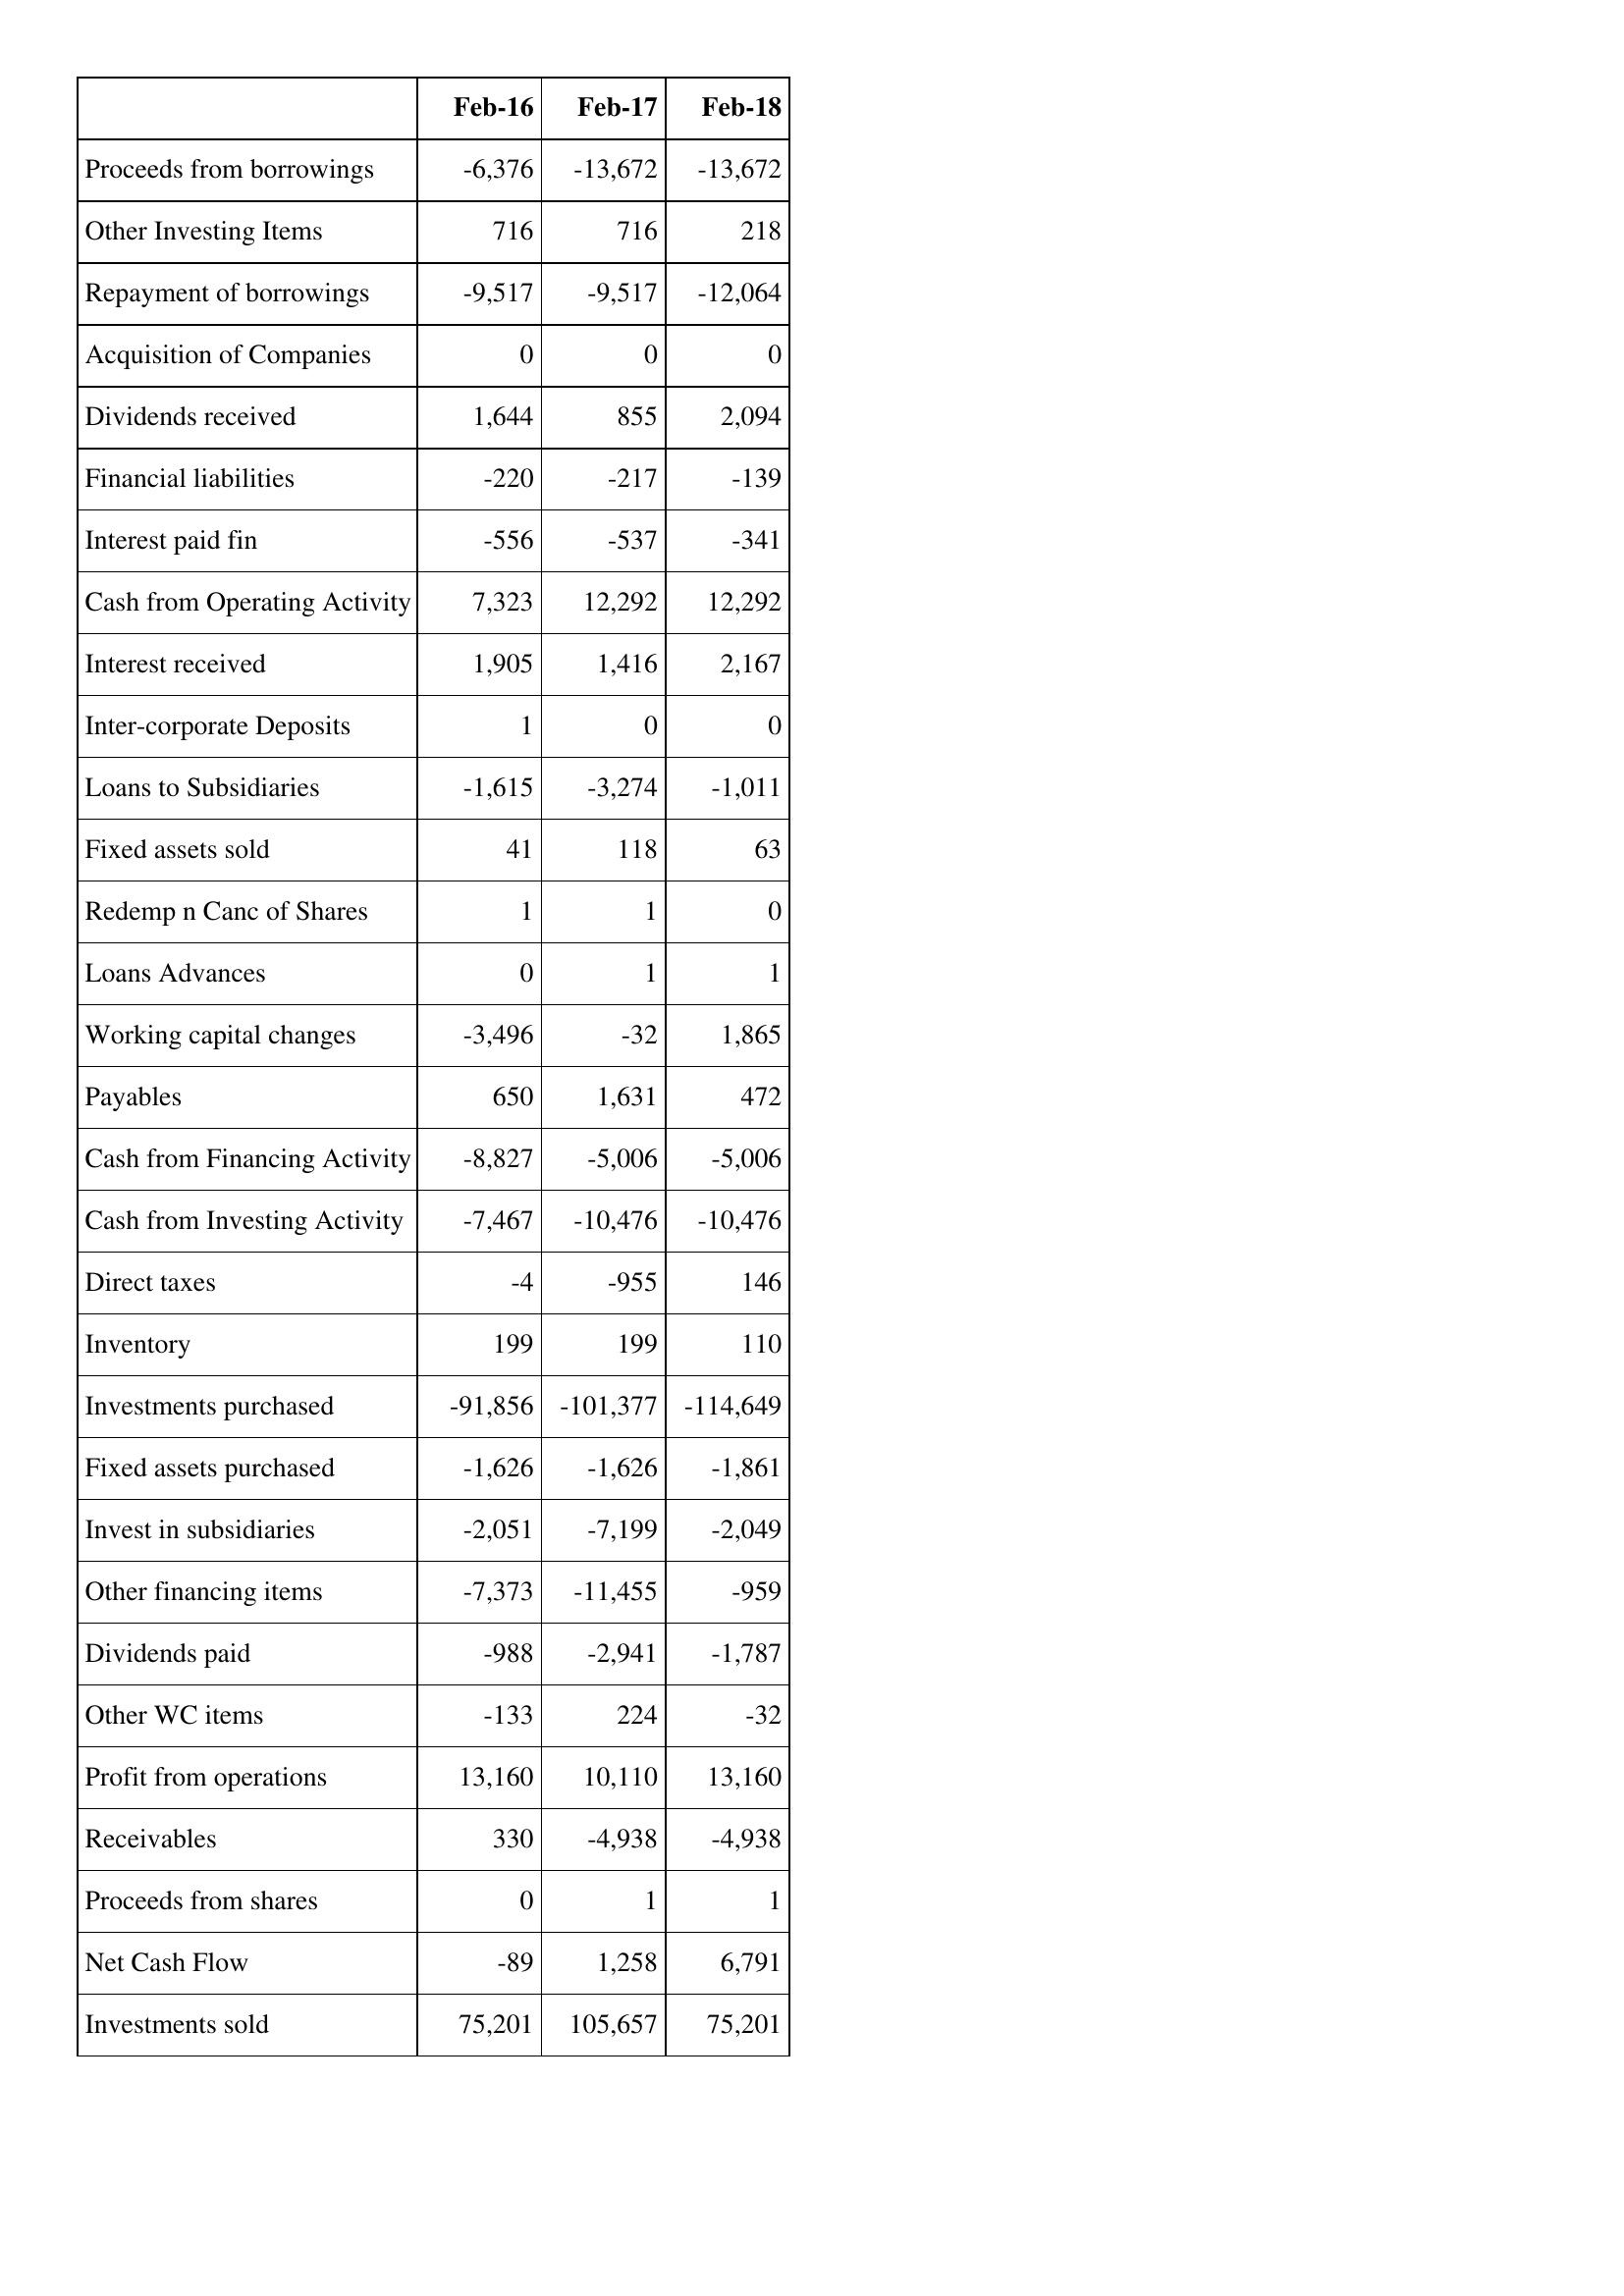
Feb-16: Cash Flows: Proceeds from borrowings: -6,376
Other Investing Items: 716
Repayment of borrowings: -9,517
Acquisition of Companies: 0
Dividends received: 1,644
Financial liabilities: -220
Interest paid fin: -556
Cash from Operating Activity: 7,323
Interest received: 1,905
Inter-corporate Deposits: 1
Loans to Subsidiaries: -1,615
Fixed assets sold: 41
Redemp n Canc of Shares: 1
Loans Advances: 0
Working capital changes: -3,496
Payables: 650
Cash from Financing Activity: -8,827
Cash from Investing Activity: -7,467
Direct taxes: -4
Inventory: 199
Investments purchased: -91,856
Fixed assets purchased: -1,626
Invest in subsidiaries: -2,051
Other financing items: -7,373
Dividends paid: -988
Other WC items: -133
Profit from operations: 13,160
Receivables: 330
Proceeds from shares: 0
Net Cash Flow: -89
Investments sold: 75,201
Feb-17: Cash Flows: Proceeds from borrowings: -13,672
Other Investing Items: 716
Repayment of borrowings: -9,517
Acquisition of Companies: 0
Dividends received: 855
Financial liabilities: -217
Interest paid fin: -537
Cash from Operating Activity: 12,292
Interest received: 1,416
Inter-corporate Deposits: 0
Loans to Subsidiaries: -3,274
Fixed assets sold: 118
Redemp n Canc of Shares: 1
Loans Advances: 1
Working capital changes: -32
Payables: 1,631
Cash from Financing Activity: -5,006
Cash from Investing Activity: -10,476
Direct taxes: -955
Inventory: 199
Investments purchased: -101,377
Fixed assets purchased: -1,626
Invest in subsidiaries: -7,199
Other financing items: -11,455
Dividends paid: -2,941
Other WC items: 224
Profit from operations: 10,110
Receivables: -4,938
Proceeds from shares: 1
Net Cash Flow: 1,258
Investments sold: 105,657
Feb-18: Cash Flows: Proceeds from borrowings: -13,672
Other Investing Items: 218
Repayment of borrowings: -12,064
Acquisition of Companies: 0
Dividends received: 2,094
Financial liabilities: -139
Interest paid fin: -341
Cash from Operating Activity: 12,292
Interest received: 2,167
Inter-corporate Deposits: 0
Loans to Subsidiaries: -1,011
Fixed assets sold: 63
Redemp n Canc of Shares: 0
Loans Advances: 1
Working capital changes: 1,865
Payables: 472
Cash from Financing Activity: -5,006
Cash from Investing Activity: -10,476
Direct taxes: 146
Inventory: 110
Investments purchased: -114,649
Fixed assets purchased: -1,861
Invest in subsidiaries: -2,049
Other financing items: -959
Dividends paid: -1,787
Other WC items: -32
Profit from operations: 13,160
Receivables: -4,938
Proceeds from shares: 1
Net Cash Flow: 6,791
Investments sold: 75,201